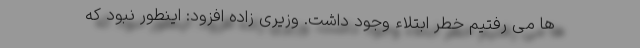
ها می رفتیم خطر ابتلاء وجود داشت. وزیری زاده افزود: اینطور نبود که